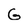
Character: G